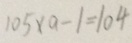
1 0 5 \times a - 1 = 1 0 4